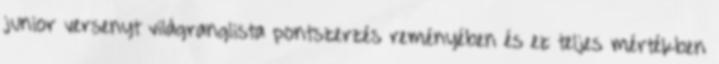
junior versenyt világranglista pontszerzés reményében és ez teljes mértékben